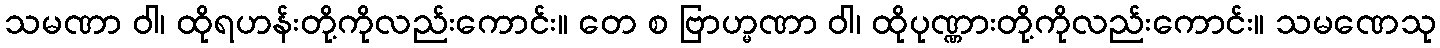
သမဏာ ဝါ၊ ထိုရဟန်းတို့ကိုလည်းကောင်း။ တေ စ ဗြာဟ္မဏာ ဝါ၊ ထိုပုဏ္ဏားတို့ကိုလည်းကောင်း။ သမဏေသု